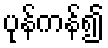
ပုန်ကန်၍